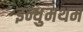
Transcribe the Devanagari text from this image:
इन्धुमथम